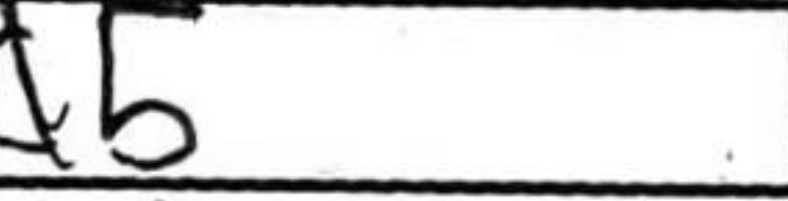
Transcription: d5